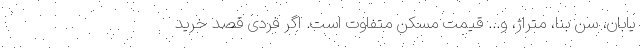
یابان، سن بنا، متراژ، و... قیمت مسکن متفاوت است. اگر فردی قصد خرید